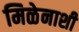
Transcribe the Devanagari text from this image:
मिळेनाशी